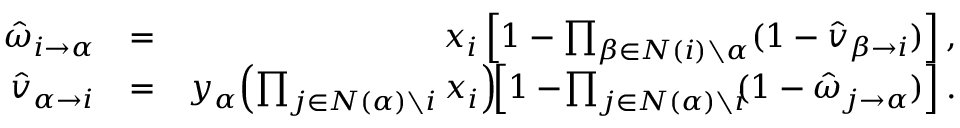
\begin{array} { r l r } { \! \! \! \! \! \! \! \! \! \! \! \! \hat { \omega } _ { i \rightarrow \alpha } } & { = } & { x _ { i } \left[ 1 - \prod _ { \beta \in N ( i ) \setminus \alpha } ( 1 - \hat { v } _ { \beta \rightarrow i } ) \right] , } \\ { \! \! \! \! \! \! \! \! \! \! \! \! \hat { v } _ { \alpha \rightarrow i } } & { = } & { y _ { \alpha } \! \left( \prod _ { j \in N ( \alpha ) \setminus i } x _ { i } \right) \! \! \left[ 1 - \! \prod _ { j \in N ( \alpha ) \setminus i } \! \! ( 1 - \hat { \omega } _ { j \rightarrow \alpha } ) \right] . } \end{array}